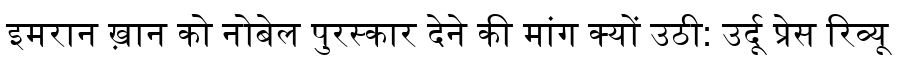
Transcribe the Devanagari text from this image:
इमरान ख़ान को नोबेल पुरस्कार देने की मांग क्यों उठी: उर्दू प्रेस रिव्यू